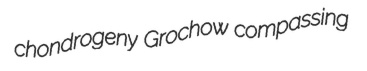
chondrogeny Grochow compassing